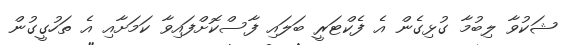
ޝަކުވާ ލިބުމާ ގުޅިގެން އެ ފެކްޓަރީ ބަލައި ފާސްކޮށްފައިވާ ކަމަށާއި އެ ތަހުގީގުން